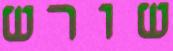
שורש